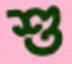
শু